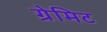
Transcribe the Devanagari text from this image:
ग्रेमिट